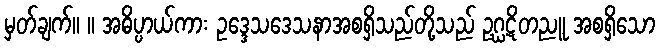
မှတ်ချက်။ ။ အဓိပ္ပာယ်ကား ဥဒ္ဒေသဒေသနာအစရှိသည်တို့သည် ဥဂ္ဃဋိတညူ အစရှိသော